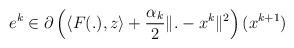
LaTeX: \begin{align*}e^k\in \partial \left( \langle F(.), z\rangle+ \frac{\alpha_k}{2}\|. - x^k\|^2 \right)(x^{k+1}) \end{align*}